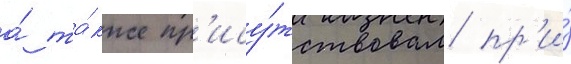
а́ та́кже пр'ису́тствовал пр'и́